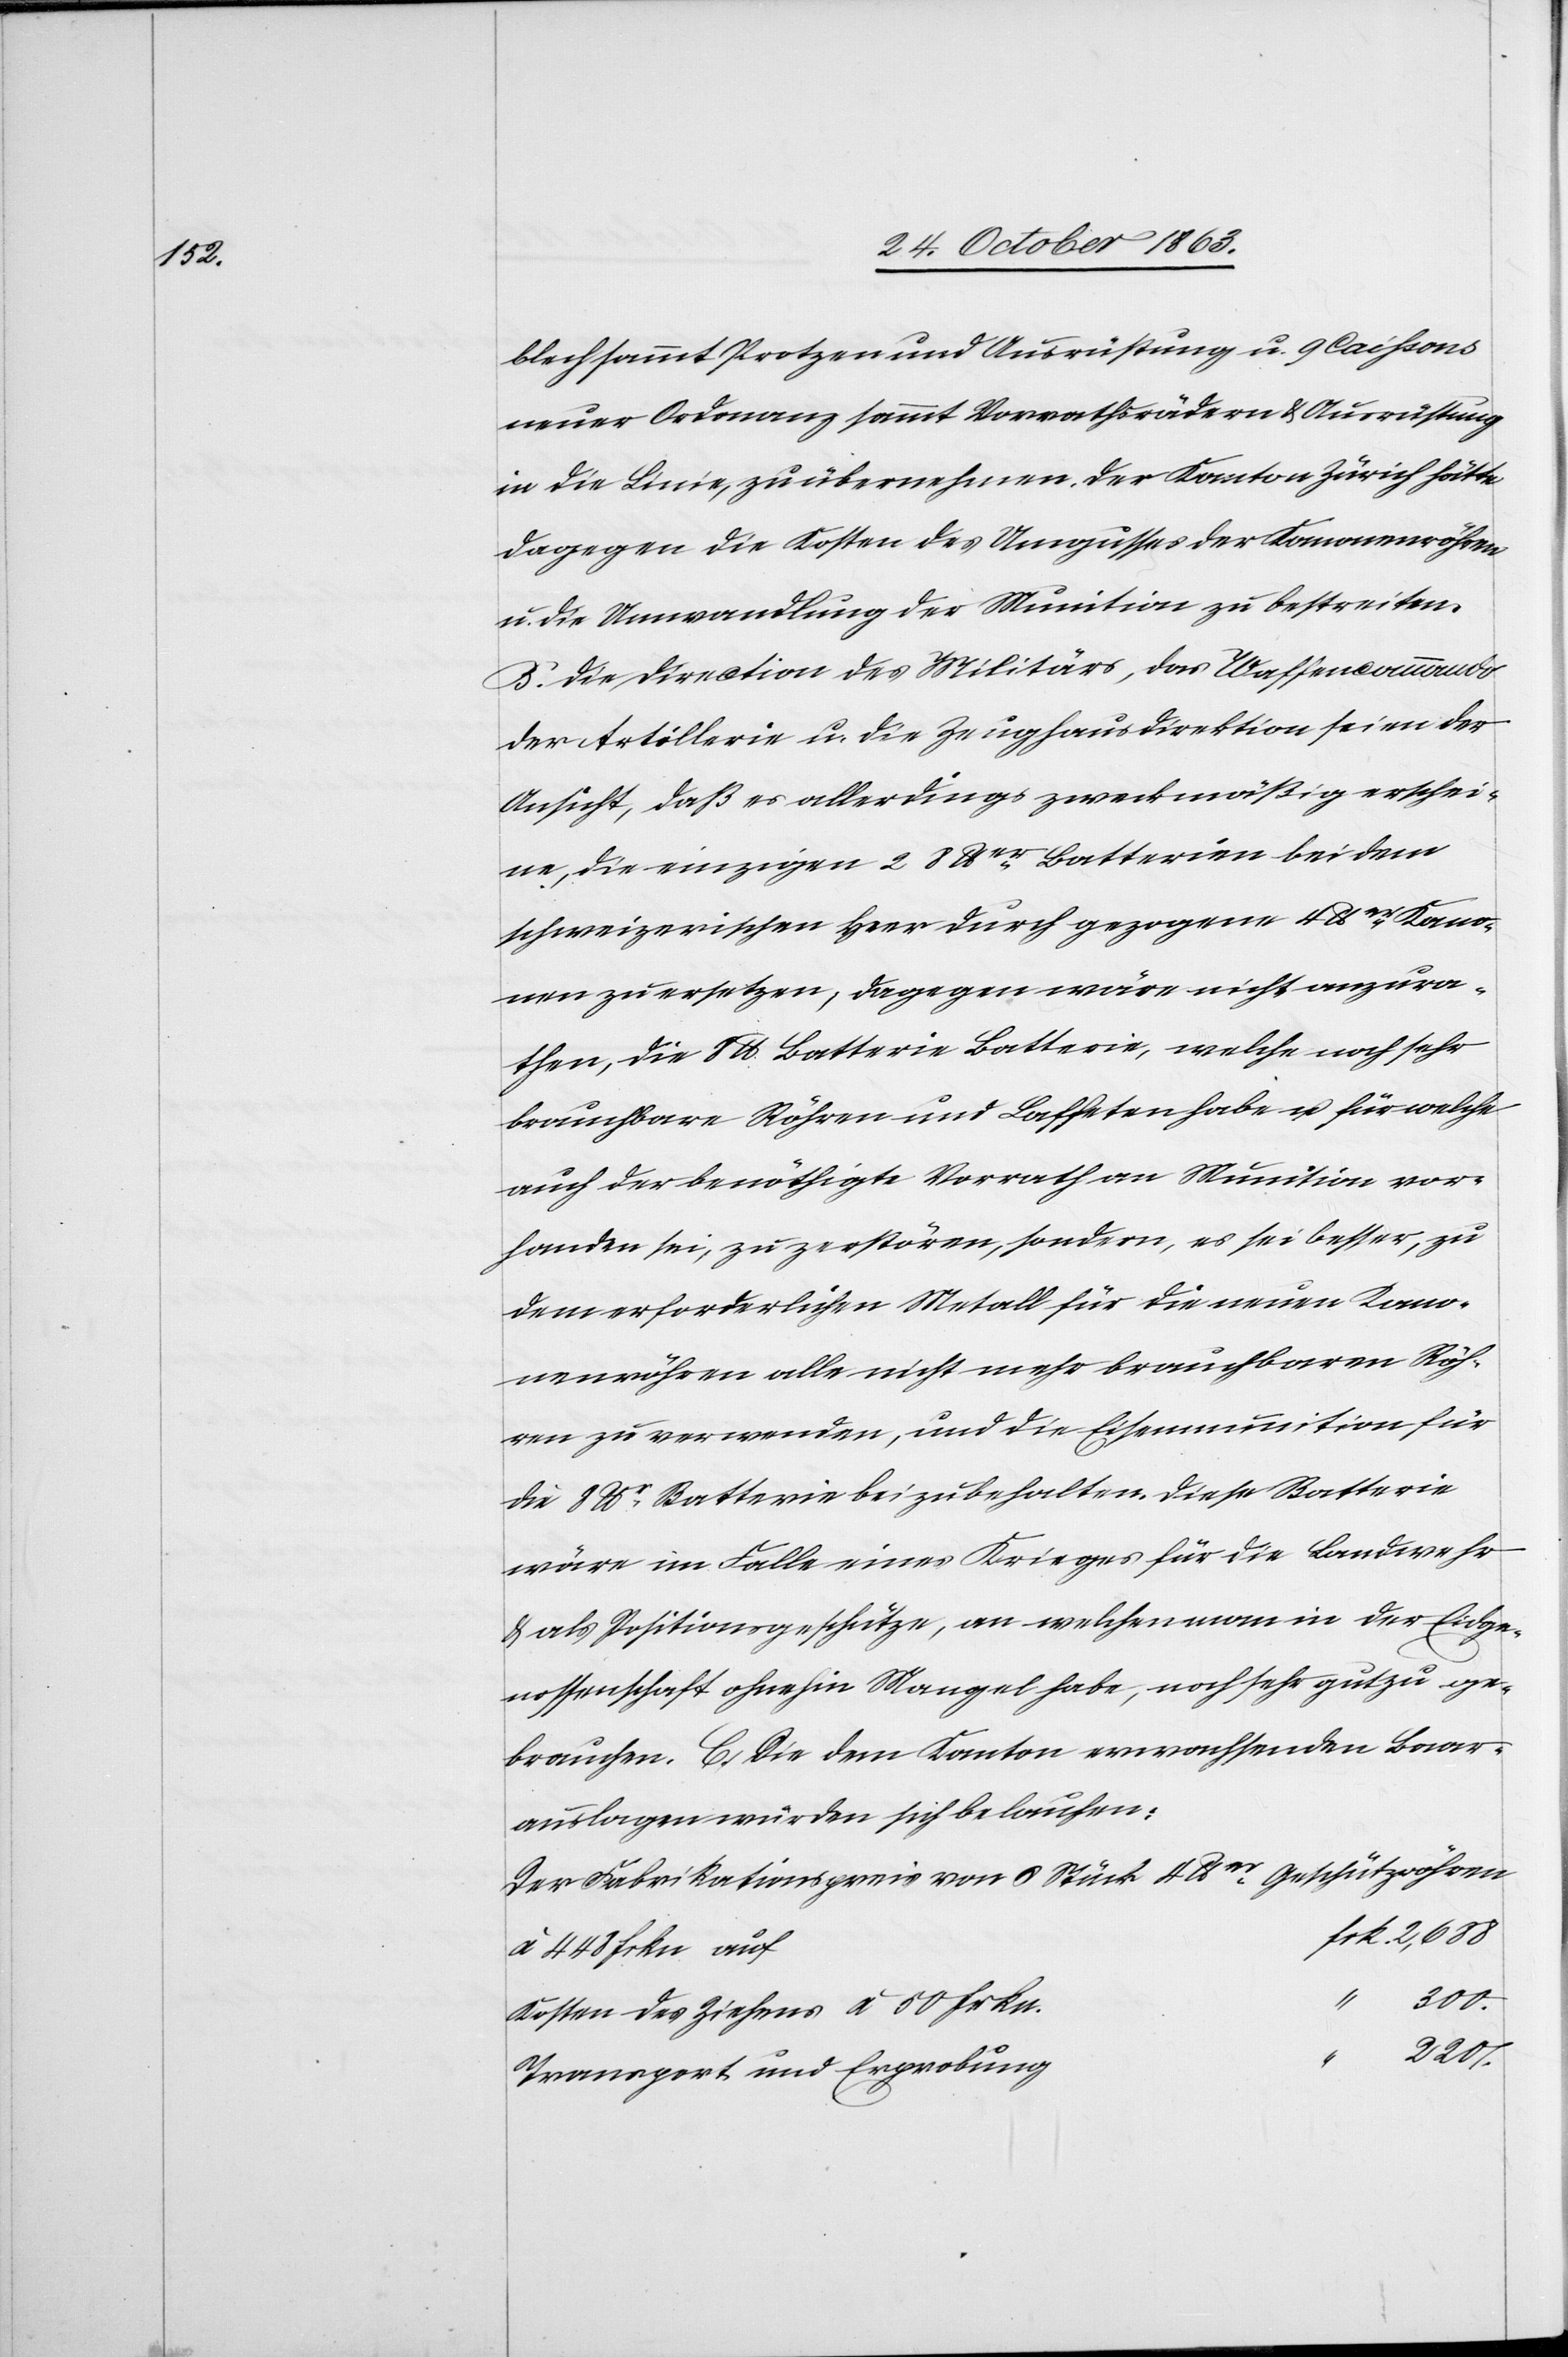
blech sammt Protzen und Ausrüstung u. 9 Caissons
neuer Ordonanz sammt Vorrathsrädern & Ausrüstung
in die Linie, zu übernehmen. Der Kanton Zürich hätte
dagegen die Kosten des Umgusses der Kanonenröhren
u. die Umwandlung der Munition zu bestreiten.
B. Die Direction des Militärs, das Waffencommando
der Artillerie u. die Zeughausdirektion seien der
Ansicht, daß es allerdings zweckmäßig erschei¬
ne, die einzigen 2 8 lber Batterien bei dem
schweizerischen Heer durch gezogene 4 lber Kano¬
nen zu ersetzen; dagegen wäre nicht anzura¬
then, die 8 lb Batterie Batterie [sic!], welche noch sehr
brauchbare Röhren und Laffeten habe u. für welche
auch der benöthigte Vorrath an Munition vor¬
handen sei, zu zerstören, sondern, es sei besser, zu
dem erforderlichen Metall für die neuen Kano¬
nenröhren alle nicht mehr brauchbaren Röh¬
ren zu verwenden, und die Eisenmunition für
die 8 lbr Batterie beizubehalten. Diese Batterie
wäre im Falle eines Krieges für die Landwehr
& als Positionsgeschütze, an welchen man in der Eidge¬
nossenschaft ohnehin Mangel habe, noch sehr gut zu ge¬
auslagen würden sich belaufen:
Der Fabrikationspreis von 6 Stück 4 lber Geschützröhren
à 448 frkn auf
Kosten des Ziehens à 50 Frkn.
2207.
Transport und Erprobung

Baar¬